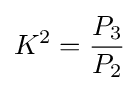
K^{2}={\frac {P_{3}}{P_{2}}}